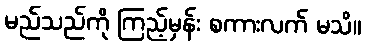
မည်သည်ကို ကြည့်မှန်း စကားလက် မသိ။